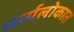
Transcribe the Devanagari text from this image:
मर्त्यलोकात